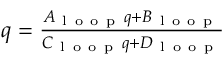
\begin{array} { r } { q = \frac { A _ { \mathrm { ~ l ~ o ~ o ~ p ~ } } q + B _ { \mathrm { ~ l ~ o ~ o ~ p ~ } } } { C _ { \mathrm { ~ l ~ o ~ o ~ p ~ } } q + D _ { \mathrm { ~ l ~ o ~ o ~ p ~ } } } } \end{array}